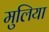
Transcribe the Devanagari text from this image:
मुलिया